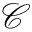
\mathcal { C }